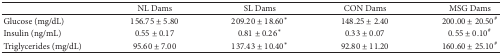
<table><thead><tr><td><b> </b></td><td><b>NL Dams</b></td><td><b>SL Dams</b></td><td><b>CON Dams</b></td><td><b>MSG Dams</b></td></tr></thead><tbody><tr><td>Glucose (mg/dL)</td><td>156.75 ± 5.80</td><td>209.20 ± 18.60<sup><i>∗</i></sup></td><td>148.25 ± 2.40</td><td>200.00 ± 20.50<sup>#</sup></td></tr><tr><td>Insulin (ng/mL)</td><td>0.55 ± 0.17</td><td>0.81 ± 0.26<sup><i>∗</i></sup></td><td>0.33 ± 0.07</td><td>0.55 ± 0.10<sup>#</sup></td></tr><tr><td>Triglycerides (mg/dL)</td><td>95.60 ± 7.00</td><td>137.43 ± 10.40<sup><i>∗</i></sup></td><td>92.80 ± 11.20</td><td>160.60 ± 25.10<sup>#</sup></td></tr></tbody></table>